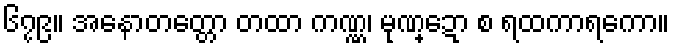
၆၇၉။ အနောတတ္တော တထာ ကဏ္ဏ၊ မုဏ္ဍော စ ရထကာရကော။